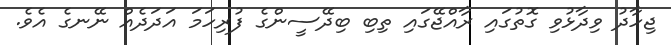
ޖިހާދު ވިދާޅުވި ގޮތުގައި ރާއްޖޭގައި ތިބި ބިދޭސީންގެ ފުރިހަމަ އަދަދެއް ނޭނގެ އެވެ.